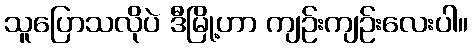
သူပြောသလိုပဲ ဒီမြို့ဟာ ကျဉ်းကျဉ်းလေးပါ။